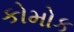
કોમોક